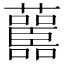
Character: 𧄤